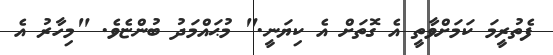
ފެތުރީމަ ކަމަށްވާތީ އެ ގޮތަށް އެ ކިޔަނީ." މުޙައްމަދު ބުންޏެވެ. "މިހާރު އެ